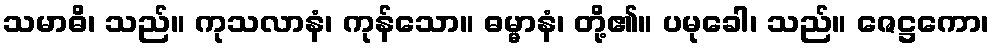
သမာဓိ၊ သည်။ ကုသလာနံ၊ ကုန်သော။ ဓမ္မာနံ၊ တို့၏။ ပမုခေါ၊ သည်။ ဇေဋ္ဌကော၊